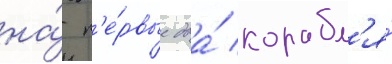
на́ п'е́рвые два́ корабл'я́